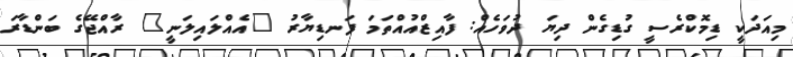
މިއަދަކީ ޑިމޮކްރެސީ ގުޑިގެން ދިޔަ ދުވަހެއް: ފާއިޒްއުއްތަމަ ފަނޑިޔާރު "އެއްލައިލަނީ" ރާއްޖޭގެ ބަންޑާރަ